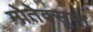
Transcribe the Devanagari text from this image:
मोतेक्सुमा